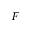
F